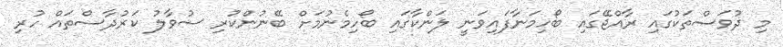
މި ދުވަސްތަކުގައި ރާއްޖޭގައި ބޯހިމަނާފައިވަނީ ލަންކާގައި ބޯހިމެނުމަށް ބޭނުންކުރި ސުވާލު ކަރުދާސްތައް ހުރި